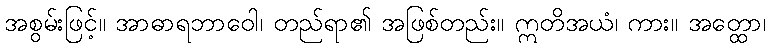
အစွမ်းဖြင့်။ အာဓာရဘာဝေါ၊ တည်ရာ၏ အဖြစ်တည်း။ ဣတိအယံ၊ ကား။ အတ္ထော၊